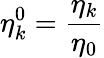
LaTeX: \eta_{k}^{0}=\frac{\eta_{k}}{\eta_{0}}